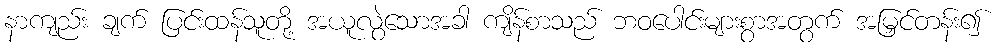
နာကျည်း ချက် ပြင်းထန်သူတို့ အယူလွဲသောအခါ ကျိန်စာသည် ဘဝပေါင်းများစွာအတွက် အမြှင်တန်း၍